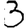
Digit: 3